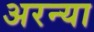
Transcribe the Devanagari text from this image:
अरन्या